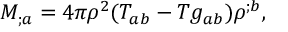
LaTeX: M _ { ; a } = 4 \pi \rho ^ { 2 } ( T _ { a b } - T g _ { a b } ) \rho ^ { ; b } ,